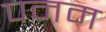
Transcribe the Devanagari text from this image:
पनम